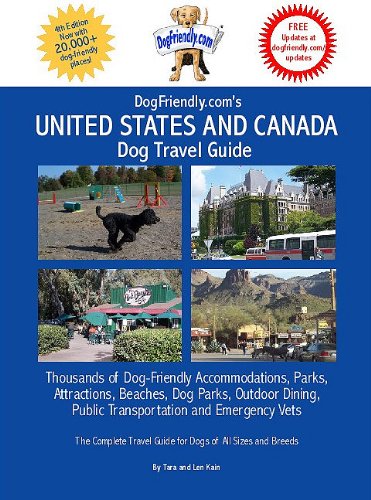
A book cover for Dogfriendly.Com's United States and Canada Dog Travel Guide: Dog-Friendly Accommodations, Beaches, Public Transportation, National Parks, Attractions; Tara Kain; Travel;